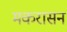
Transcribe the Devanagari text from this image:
मकरासन